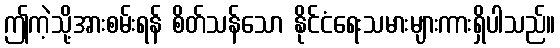
ဤကဲ့သို့အားစမ်းရန် စိတ်သန်သော နိုင်ငံရေးသမားများကားရှိပါသည်။